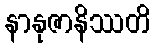
နာနုဇာနိဿတိ